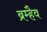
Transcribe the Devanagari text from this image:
ब्रम्हैव